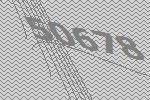
50678